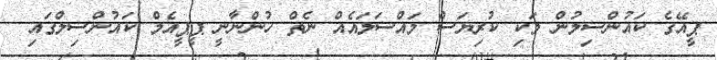
ޕީއޭގެ ކައުންސިލުން ވަކި ކުރިޔަސް މައްސަލައެއް ނެތް ހުންނާނީ ޕީޕީއެމް ކައުންސިލްގައި